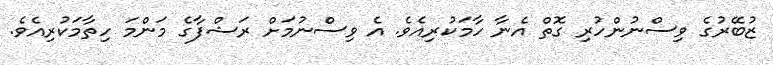
ޒުބޭރުގެ ވިސްނުންހުރި ގޮތް އެނާ ހާމަކުރިއެވެ. އެ ވިސްނުމަށް ރަޝްފާގެ މަންމަ ހިތާމަކުރިއެވެ.